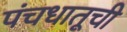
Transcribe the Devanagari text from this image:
पंचधातूची